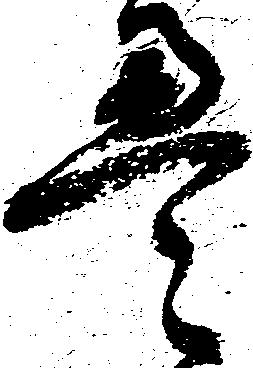
畳